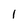
Character: 1